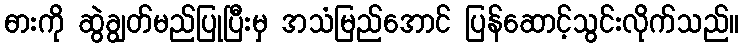
ဓားကို ဆွဲချွတ်မည်ပြုပြီးမှ အသံမြည်အောင် ပြန်ဆောင့်သွင်းလိုက်သည်။